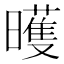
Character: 㬦